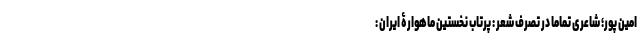
امین پور؛ شاعری تماما در تصرف شعر : پرتاب نخستین ماهوارۀ ایران :